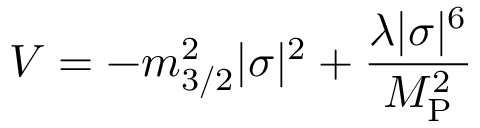
V = - m _ { 3 / 2 } ^ { 2 } | \sigma | ^ { 2 } + \frac { \lambda | \sigma | ^ { 6 } } { M _ { \mathrm { P } } ^ { 2 } }